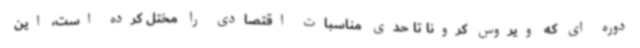
دوره ای که ویروس کرونا تا حدی مناسبات اقتصادی را مختل کرده است، این